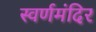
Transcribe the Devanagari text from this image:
स्वर्णमंदिर